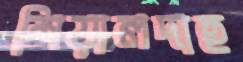
শিয়ালদাহ